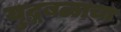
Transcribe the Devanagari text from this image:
युद्धबळाचा